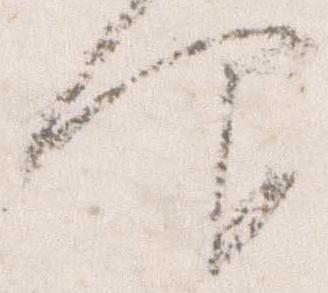
仰